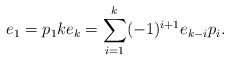
\begin{align*}e_1 = p_1 k e_k = \sum_{i=1}^k (-1)^{i+1} e_{k-i} p_i.\end{align*}